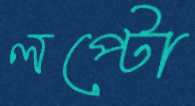
লপ্‌টো